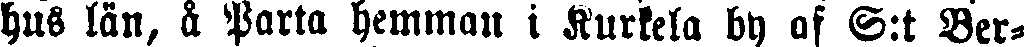
hus län, å Parta hemman i Kurkela by af S:t Ber-